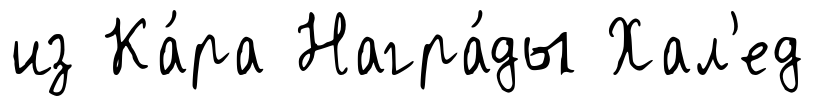
из Ка́ра Награ́ды Хал'ед